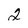
Character: 2